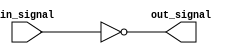
module not_gate(
    input wire in_signal,
    output wire out_signal
);

assign out_signal = ~in_signal;

endmodule